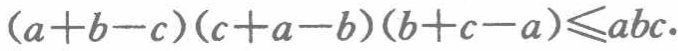
\((a + b - c)(c + a - b)(b + c - a)\leqslant abc\)